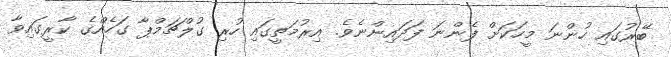
ބޭރުގައި ހުންނަ މީހަކަށް ފެންނަ ފަދައިންނެވެ. އިރުމަތީގައި ހުރި ގުލްޗަމްޕާ ގަހެއްގެ ކާރީގައިވާ